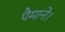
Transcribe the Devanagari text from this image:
पैमाने।